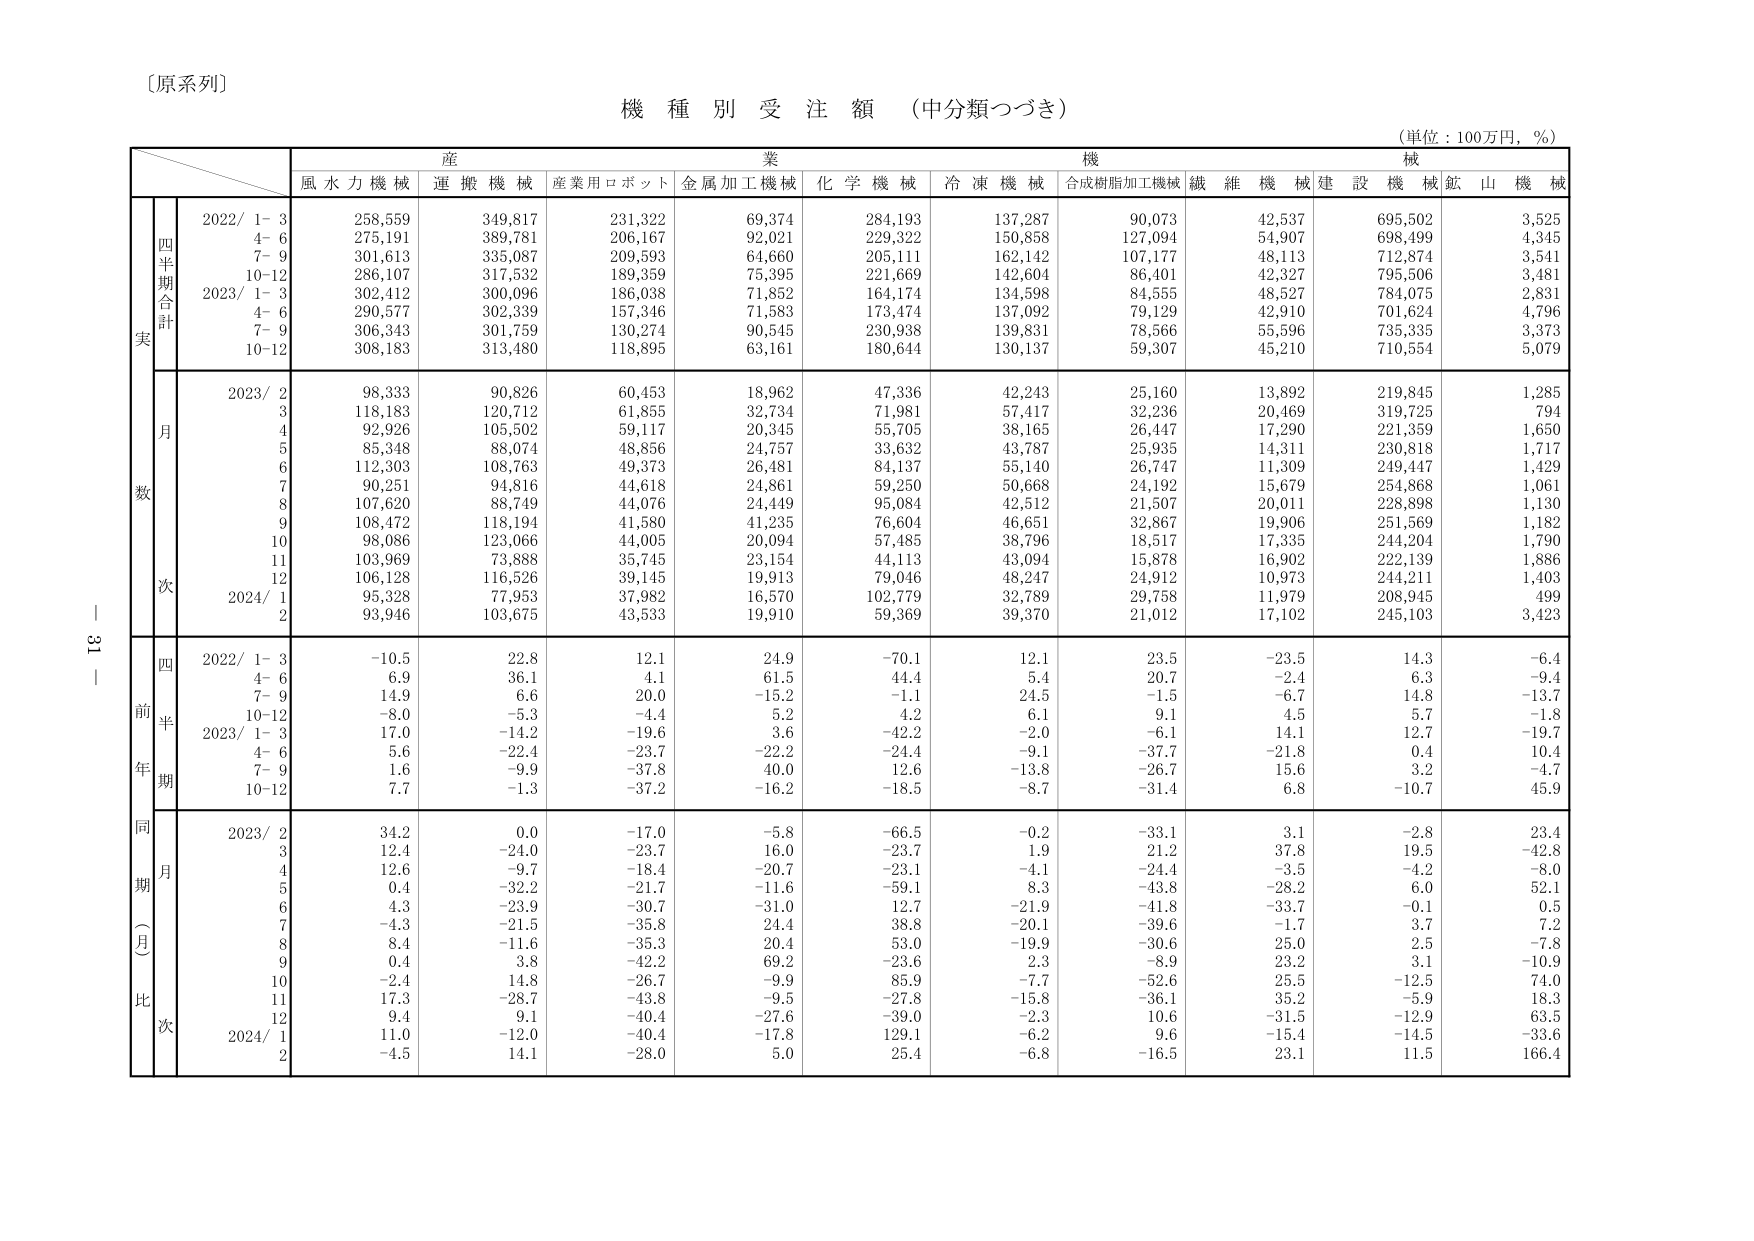
〔原系列〕

機 種 別 受 注 額 （中分類つづき）

（単位：100万円，％）